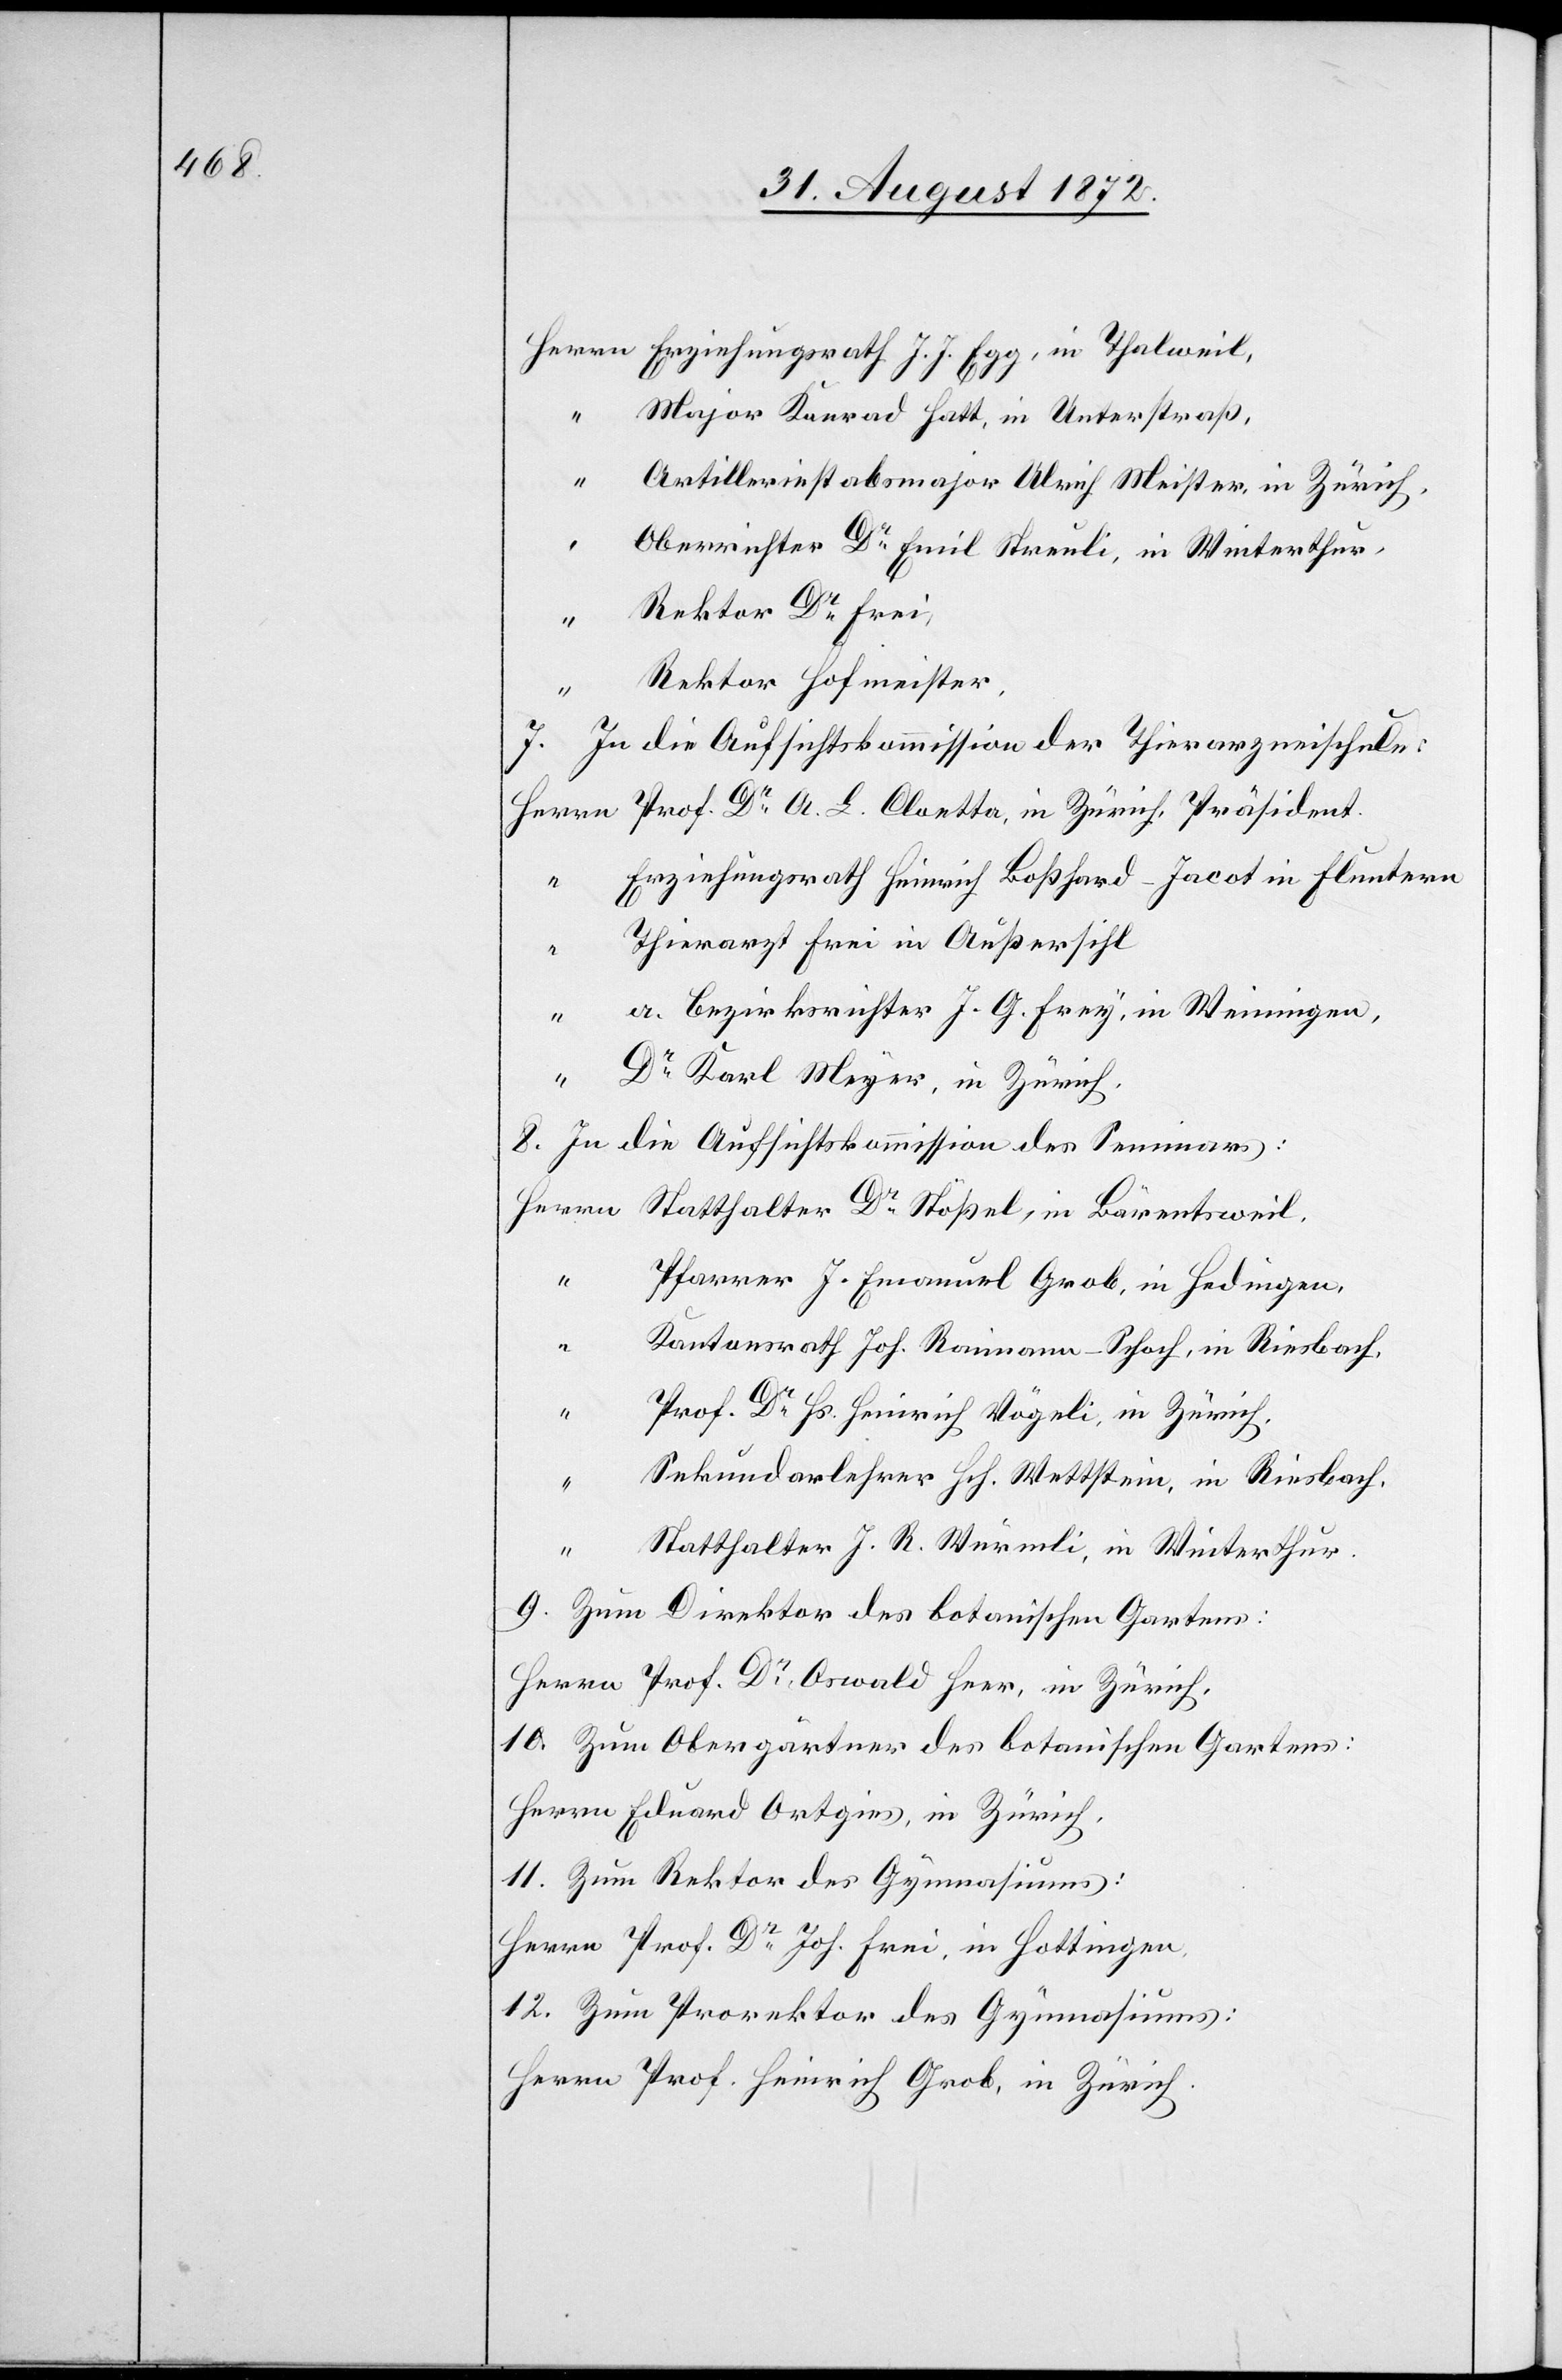
Erziehungsrath J. J. Egg, in Thalweil,
Major Konrad Hatt, in Unterstraß,
Artilleriestabsmajor Ulrich Meister, in Zürich,
Oberrichter Dr Emil Streuli, in Winterthur,
Rektor Dr Frei,
Rektor Hofmeister,
7. In die Aufsichtskommission der Thierarzneischule:
Erziehungsrath Heinrich Boßhard-Jacot in Fluntern
Thierarzt Frei in Außersihl
12.
a. Bezirksrichter J. G. Frey, in Weiningen,
Dr Karl Meyer, in Zürich,
8. In die Aufsichtskommission des Seminars:
Pfarrer J. Emanuel Grob, in Hedingen,
Kantonsrath Joh. Reimann-Schoch, in Riesbach,
Prof. Dr Hs. Heinrich Vögeli, in Zürich,
Sekundarlehrer Hch. Wettstein, in Riesbach,
Statthalter J. R. Würmli, in Winterthur.
11.
Zum Direktor des botanischen Gartens:
Herrn Prof. Dr Oswald Heer, in Zürich,
Zum Obergärtner des botanischen Gartens:
Herrn Eduard Ortgies, in Zürich,
Zum Rektor des Gymnasiums:
Herrn Prof. Dr Joh. Frei, in Hottingen,
Zum Prorektor des Gymnasiums:
Herrn Prof. Heinrich Grob, in Zürich.